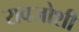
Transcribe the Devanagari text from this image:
रावजोशी